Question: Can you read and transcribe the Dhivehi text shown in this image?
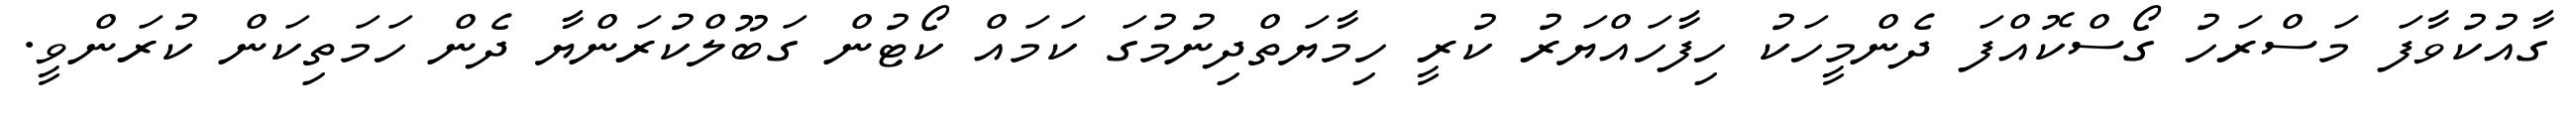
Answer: ގާއުކުވާފަ މަސްރަހު ގޯސްކޮއްފަ ދެންމީހަކު ހިފާހައްޔަރު ކުރީ ހިމާޔަތްދިނުމުގަ ކަމައް ކޯޓުން ގަބޫލްކުރަންޔާ ދެން ހަމަތިކަން ކުރަންވީ.